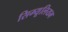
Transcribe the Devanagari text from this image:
सिम्यूलियम